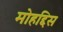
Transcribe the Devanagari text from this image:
मोहद्दिस